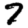
Digit: 7